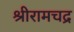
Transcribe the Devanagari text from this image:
श्रीरामचद्र